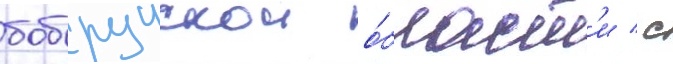
бобруискои о́бласт'и / с